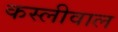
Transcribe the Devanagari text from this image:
कस्लीवाल